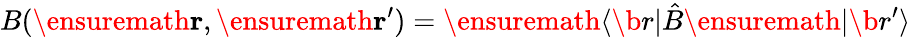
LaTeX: B(\ensuremath{\mathbf{r}},\ensuremath{\mathbf{r}}^{\prime})=\ensuremath{\langle\b{r}\vert}\hat{B}\ensuremath{\vert\b{r}^{\prime}\rangle}